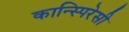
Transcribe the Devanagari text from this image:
कान्स्पिरेसी